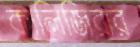
কালিজিরার